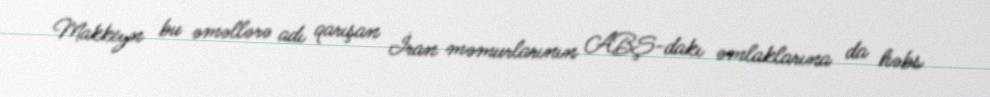
Makkeyn bu əməllərə adı qarışan İran məmurlarının ABŞ-dakı əmlaklarına da həbs